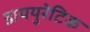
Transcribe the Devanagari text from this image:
डाययुरेटिक